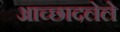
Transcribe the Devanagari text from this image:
अाच्छादलेले